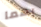
بهما